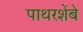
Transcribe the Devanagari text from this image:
पाथरशेंबे